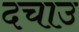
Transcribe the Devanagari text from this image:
दचाउ